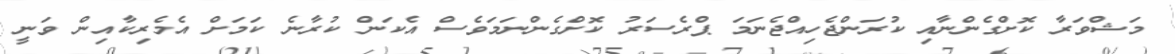
މަޝްވަރާ ކޮށްގެންނާއި ކުރަންޖެހިއްޖެނަމަ ޕްރެސަރު ކޮށްގެންނަމަވެސް އެކަން ކުރާނެ ކަމަށް އެމެރިކާއިން ވަނީ